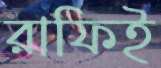
রাফিই